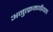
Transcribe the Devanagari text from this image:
अनुत्क्रमणीयता